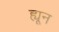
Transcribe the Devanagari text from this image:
ह्यून